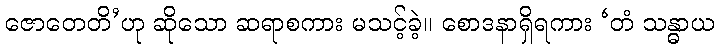
ဇောတေတိ’ဟု ဆိုသော ဆရာစကား မသင့်ခဲ့။ စောဒနာရှိရကား ‘တံ သန္ဓာယ